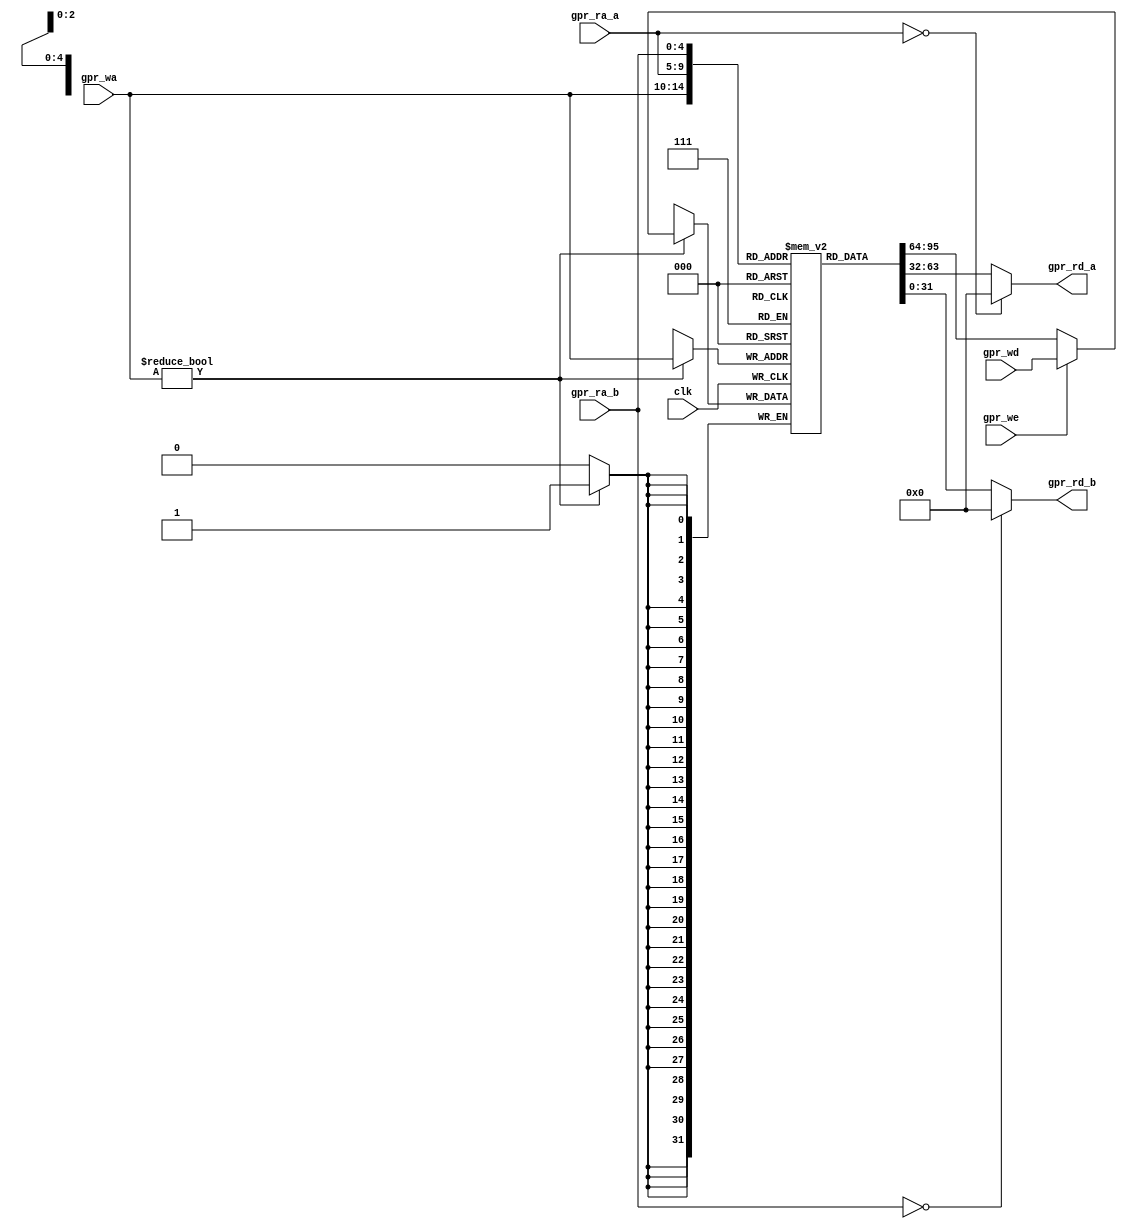
module musb_reg_file(
    input           clk,        // clock
    input   [4:0]   gpr_ra_a,   // Address port A
    input   [4:0]   gpr_ra_b,   // Address port B
    input   [4:0]   gpr_wa,     // Write address
    input   [31:0]  gpr_wd,     // Data to write
    input           gpr_we,     // Write enable
    output [31:0]   gpr_rd_a,   // Data port A
    output [31:0]   gpr_rd_b    // Data port B
    );

    //--------------------------------------------------------------------------
    // Signal Declaration: reg
    //--------------------------------------------------------------------------
    reg [31:0] registers [1:31];                                                // Register file of 32 32-bit registers. Register 0 is hardwired to 32'b0

    //--------------------------------------------------------------------------
    // Sequential (clocked) write.
    //--------------------------------------------------------------------------
    always @(posedge clk) begin
        if (gpr_wa != 0)
            registers[gpr_wa] <= (gpr_we) ? gpr_wd : registers[gpr_wa];
    end

    //--------------------------------------------------------------------------
    // Combinatorial Read. Register 0 is read as 0 always
    //--------------------------------------------------------------------------
    assign gpr_rd_a = (gpr_ra_a == 5'b0) ? 32'h0000_0000 : registers[gpr_ra_a];
    assign gpr_rd_b = (gpr_ra_b == 5'b0) ? 32'h0000_0000 : registers[gpr_ra_b];
endmodule